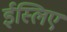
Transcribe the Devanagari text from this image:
ईस्लिए